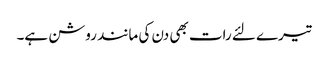
تیرے لئے رات بھی دن کی مانند روشن ہے۔